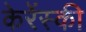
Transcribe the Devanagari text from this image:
केरेंस्की